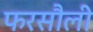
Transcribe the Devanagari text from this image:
फरसौली